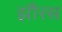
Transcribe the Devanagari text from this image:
झौरस